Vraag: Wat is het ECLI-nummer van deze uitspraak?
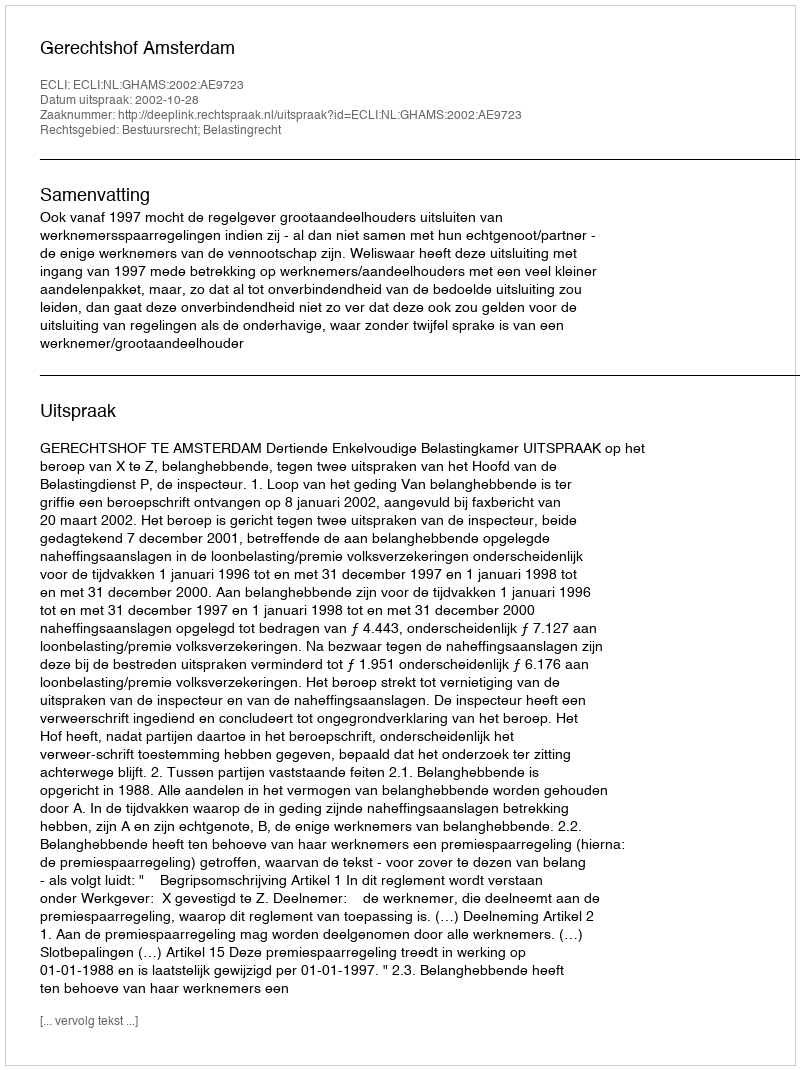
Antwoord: ECLI:NL:GHAMS:2002:AE9723